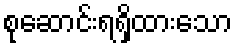
စုဆောင်းရရှိထားသော